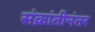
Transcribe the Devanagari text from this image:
संक्रांतीनंतर